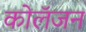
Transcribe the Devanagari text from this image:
कोलॅजन